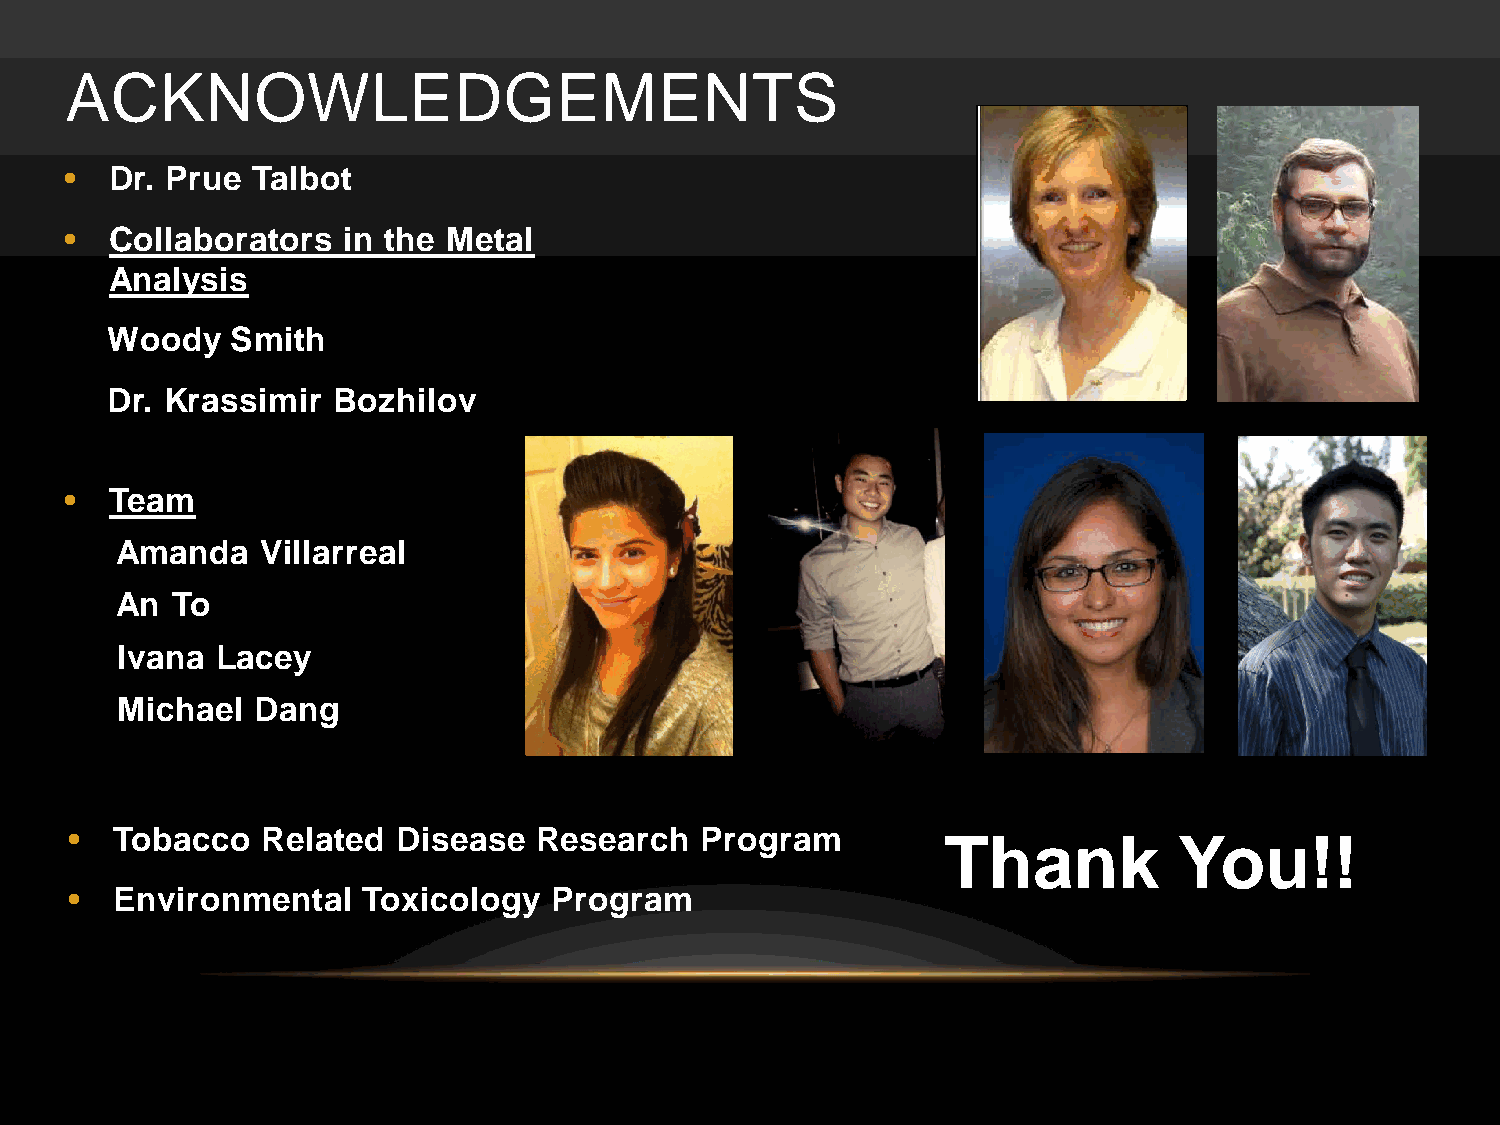
ACKNOWLEDGEMENTS
 •  Dr. Prue  Talbot
 •  Collaborators   in the Metal
 Analysis
 Woody   Smith
 Dr. Krassimir  Bozhilov
 •  Team
 Amanda   Villarreal
 An To
 Ivana Lacey
 Michael  Dang
 • Tobacco   Related  Disease  Research   Program
 Thank          You!!
 • Environmental    Toxicology   Program